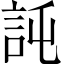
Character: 𧦖